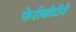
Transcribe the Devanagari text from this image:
फेरीबोटीने